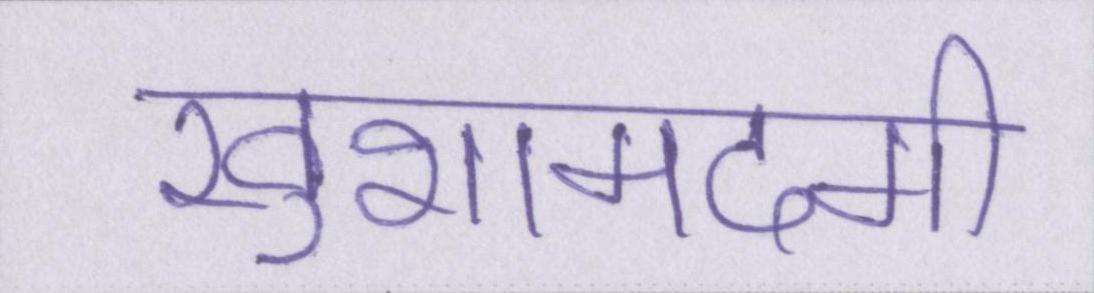
खुशामदगी